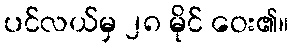
ပင်လယ်မှ ၂၈ မိုင် ဝေး၏။